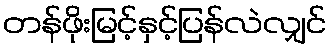
တန်ဖိုးမြင့်နှင့်ပြန်လဲလျှင်